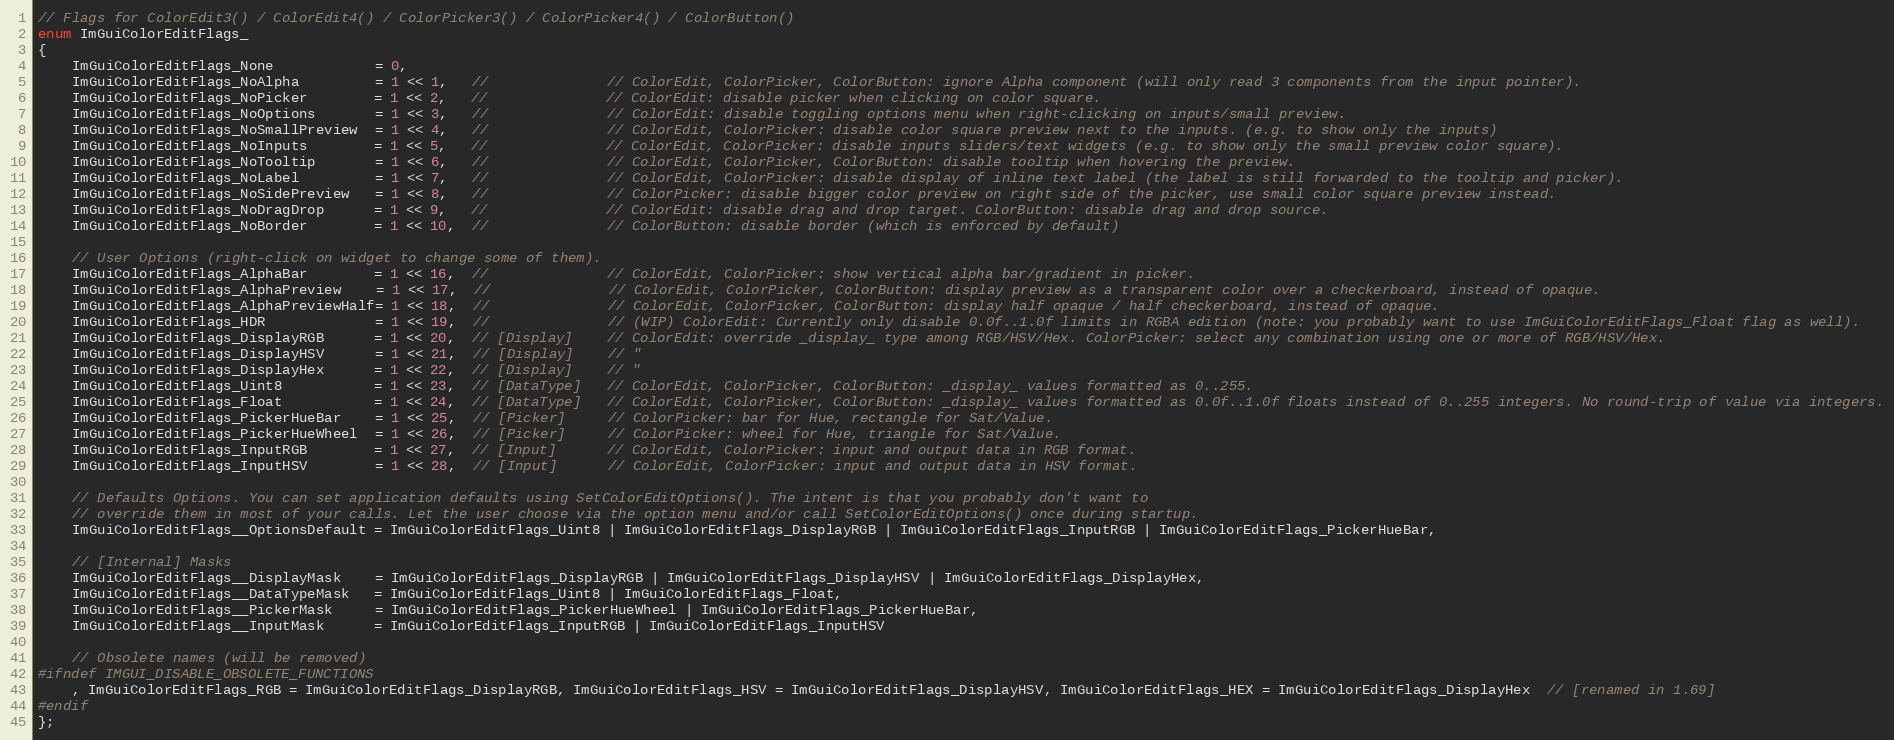
Language: C
// Flags for ColorEdit3() / ColorEdit4() / ColorPicker3() / ColorPicker4() / ColorButton()
enum ImGuiColorEditFlags_
{
    ImGuiColorEditFlags_None            = 0,
    ImGuiColorEditFlags_NoAlpha         = 1 << 1,   //              // ColorEdit, ColorPicker, ColorButton: ignore Alpha component (will only read 3 components from the input pointer).
    ImGuiColorEditFlags_NoPicker        = 1 << 2,   //              // ColorEdit: disable picker when clicking on color square.
    ImGuiColorEditFlags_NoOptions       = 1 << 3,   //              // ColorEdit: disable toggling options menu when right-clicking on inputs/small preview.
    ImGuiColorEditFlags_NoSmallPreview  = 1 << 4,   //              // ColorEdit, ColorPicker: disable color square preview next to the inputs. (e.g. to show only the inputs)
    ImGuiColorEditFlags_NoInputs        = 1 << 5,   //              // ColorEdit, ColorPicker: disable inputs sliders/text widgets (e.g. to show only the small preview color square).
    ImGuiColorEditFlags_NoTooltip       = 1 << 6,   //              // ColorEdit, ColorPicker, ColorButton: disable tooltip when hovering the preview.
    ImGuiColorEditFlags_NoLabel         = 1 << 7,   //              // ColorEdit, ColorPicker: disable display of inline text label (the label is still forwarded to the tooltip and picker).
    ImGuiColorEditFlags_NoSidePreview   = 1 << 8,   //              // ColorPicker: disable bigger color preview on right side of the picker, use small color square preview instead.
    ImGuiColorEditFlags_NoDragDrop      = 1 << 9,   //              // ColorEdit: disable drag and drop target. ColorButton: disable drag and drop source.
    ImGuiColorEditFlags_NoBorder        = 1 << 10,  //              // ColorButton: disable border (which is enforced by default)

    // User Options (right-click on widget to change some of them).
    ImGuiColorEditFlags_AlphaBar        = 1 << 16,  //              // ColorEdit, ColorPicker: show vertical alpha bar/gradient in picker.
    ImGuiColorEditFlags_AlphaPreview    = 1 << 17,  //              // ColorEdit, ColorPicker, ColorButton: display preview as a transparent color over a checkerboard, instead of opaque.
    ImGuiColorEditFlags_AlphaPreviewHalf= 1 << 18,  //              // ColorEdit, ColorPicker, ColorButton: display half opaque / half checkerboard, instead of opaque.
    ImGuiColorEditFlags_HDR             = 1 << 19,  //              // (WIP) ColorEdit: Currently only disable 0.0f..1.0f limits in RGBA edition (note: you probably want to use ImGuiColorEditFlags_Float flag as well).
    ImGuiColorEditFlags_DisplayRGB      = 1 << 20,  // [Display]    // ColorEdit: override _display_ type among RGB/HSV/Hex. ColorPicker: select any combination using one or more of RGB/HSV/Hex.
    ImGuiColorEditFlags_DisplayHSV      = 1 << 21,  // [Display]    // "
    ImGuiColorEditFlags_DisplayHex      = 1 << 22,  // [Display]    // "
    ImGuiColorEditFlags_Uint8           = 1 << 23,  // [DataType]   // ColorEdit, ColorPicker, ColorButton: _display_ values formatted as 0..255.
    ImGuiColorEditFlags_Float           = 1 << 24,  // [DataType]   // ColorEdit, ColorPicker, ColorButton: _display_ values formatted as 0.0f..1.0f floats instead of 0..255 integers. No round-trip of value via integers.
    ImGuiColorEditFlags_PickerHueBar    = 1 << 25,  // [Picker]     // ColorPicker: bar for Hue, rectangle for Sat/Value.
    ImGuiColorEditFlags_PickerHueWheel  = 1 << 26,  // [Picker]     // ColorPicker: wheel for Hue, triangle for Sat/Value.
    ImGuiColorEditFlags_InputRGB        = 1 << 27,  // [Input]      // ColorEdit, ColorPicker: input and output data in RGB format.
    ImGuiColorEditFlags_InputHSV        = 1 << 28,  // [Input]      // ColorEdit, ColorPicker: input and output data in HSV format.

    // Defaults Options. You can set application defaults using SetColorEditOptions(). The intent is that you probably don't want to
    // override them in most of your calls. Let the user choose via the option menu and/or call SetColorEditOptions() once during startup.
    ImGuiColorEditFlags__OptionsDefault = ImGuiColorEditFlags_Uint8 | ImGuiColorEditFlags_DisplayRGB | ImGuiColorEditFlags_InputRGB | ImGuiColorEditFlags_PickerHueBar,

    // [Internal] Masks
    ImGuiColorEditFlags__DisplayMask    = ImGuiColorEditFlags_DisplayRGB | ImGuiColorEditFlags_DisplayHSV | ImGuiColorEditFlags_DisplayHex,
    ImGuiColorEditFlags__DataTypeMask   = ImGuiColorEditFlags_Uint8 | ImGuiColorEditFlags_Float,
    ImGuiColorEditFlags__PickerMask     = ImGuiColorEditFlags_PickerHueWheel | ImGuiColorEditFlags_PickerHueBar,
    ImGuiColorEditFlags__InputMask      = ImGuiColorEditFlags_InputRGB | ImGuiColorEditFlags_InputHSV

    // Obsolete names (will be removed)
#ifndef IMGUI_DISABLE_OBSOLETE_FUNCTIONS
    , ImGuiColorEditFlags_RGB = ImGuiColorEditFlags_DisplayRGB, ImGuiColorEditFlags_HSV = ImGuiColorEditFlags_DisplayHSV, ImGuiColorEditFlags_HEX = ImGuiColorEditFlags_DisplayHex  // [renamed in 1.69]
#endif
};